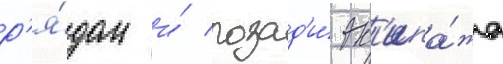
р'я́дом и́ позад'и́ эк'ипа́жа